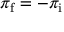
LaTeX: \pi _ { \mathrm { f } } = - \pi _ { \mathrm { i } }